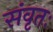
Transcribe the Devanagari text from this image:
संवृतः